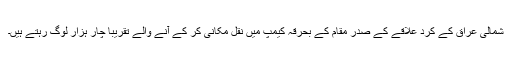
شمالی عراق کے کرد علاقے کے صدر مقام کے بحرقہ کیمپ میں نقل مکانی کر کے آنے والے تقریباً چار ہزار لوگ رہتے ہیں۔